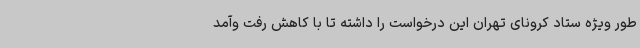
طور ویژه ستاد کرونای تهران این درخواست را داشته تا با کاهش رفت وآمد